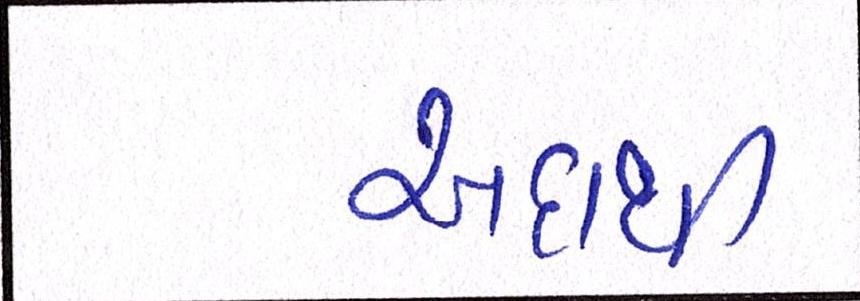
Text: અદાથી